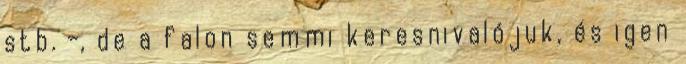
stb. -, de a falon semmi keresnivalójuk, és igen